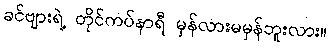
ခင်ဗျားရဲ့ တိုင်ကပ်နာရီ မှန်လားမမှန်ဘူးလား။